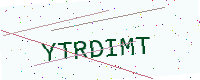
Text: YTRDIMT